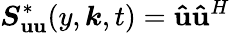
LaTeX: \boldsymbol{S_{\mathbf{u}\mathbf{u}}}^{*}(y,\boldsymbol{k},t)=\boldsymbol{\hat{{\mathbf{u}}}}\boldsymbol{\hat{{\mathbf{u}}}}^{H}